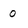
Character: 0